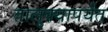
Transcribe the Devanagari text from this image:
तालुक्यापर्यंत